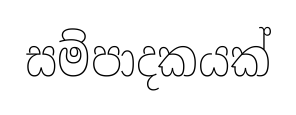
සම්පාදකයක්